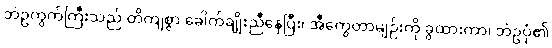
ဘဲဥကွက်ကြီးသည် တိကျစွာ ခေါက်ချိုးညီနေပြီး၊ အီကွေတာမျဉ်းကို ခွထားကာ၊ ဘဲဥပုံ၏